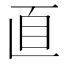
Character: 𦣽